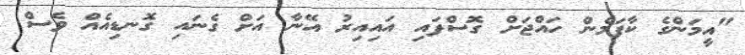
"އީމަންގެ ކާފަމެން ހައްޖަށް ގޮސްފައި އައިއިރު އޭނާ އަށް ގެނައި ގޮނޑިއެއް ވެސް